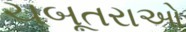
ચબૂતરાઓ